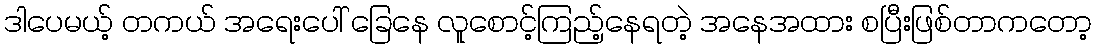
ဒါပေမယ့် တကယ် အရေးပေါ် ခြေနေ လူစောင့်ကြည့်နေရတဲ့ အနေအထား စပြီးဖြစ်တာကတော့